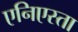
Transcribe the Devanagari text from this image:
एनिएस्ता